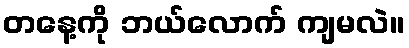
တနေ့ကို ဘယ်လောက် ကျမလဲ။